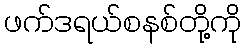
ဖက်ဒရယ်စနစ်တို့ကို